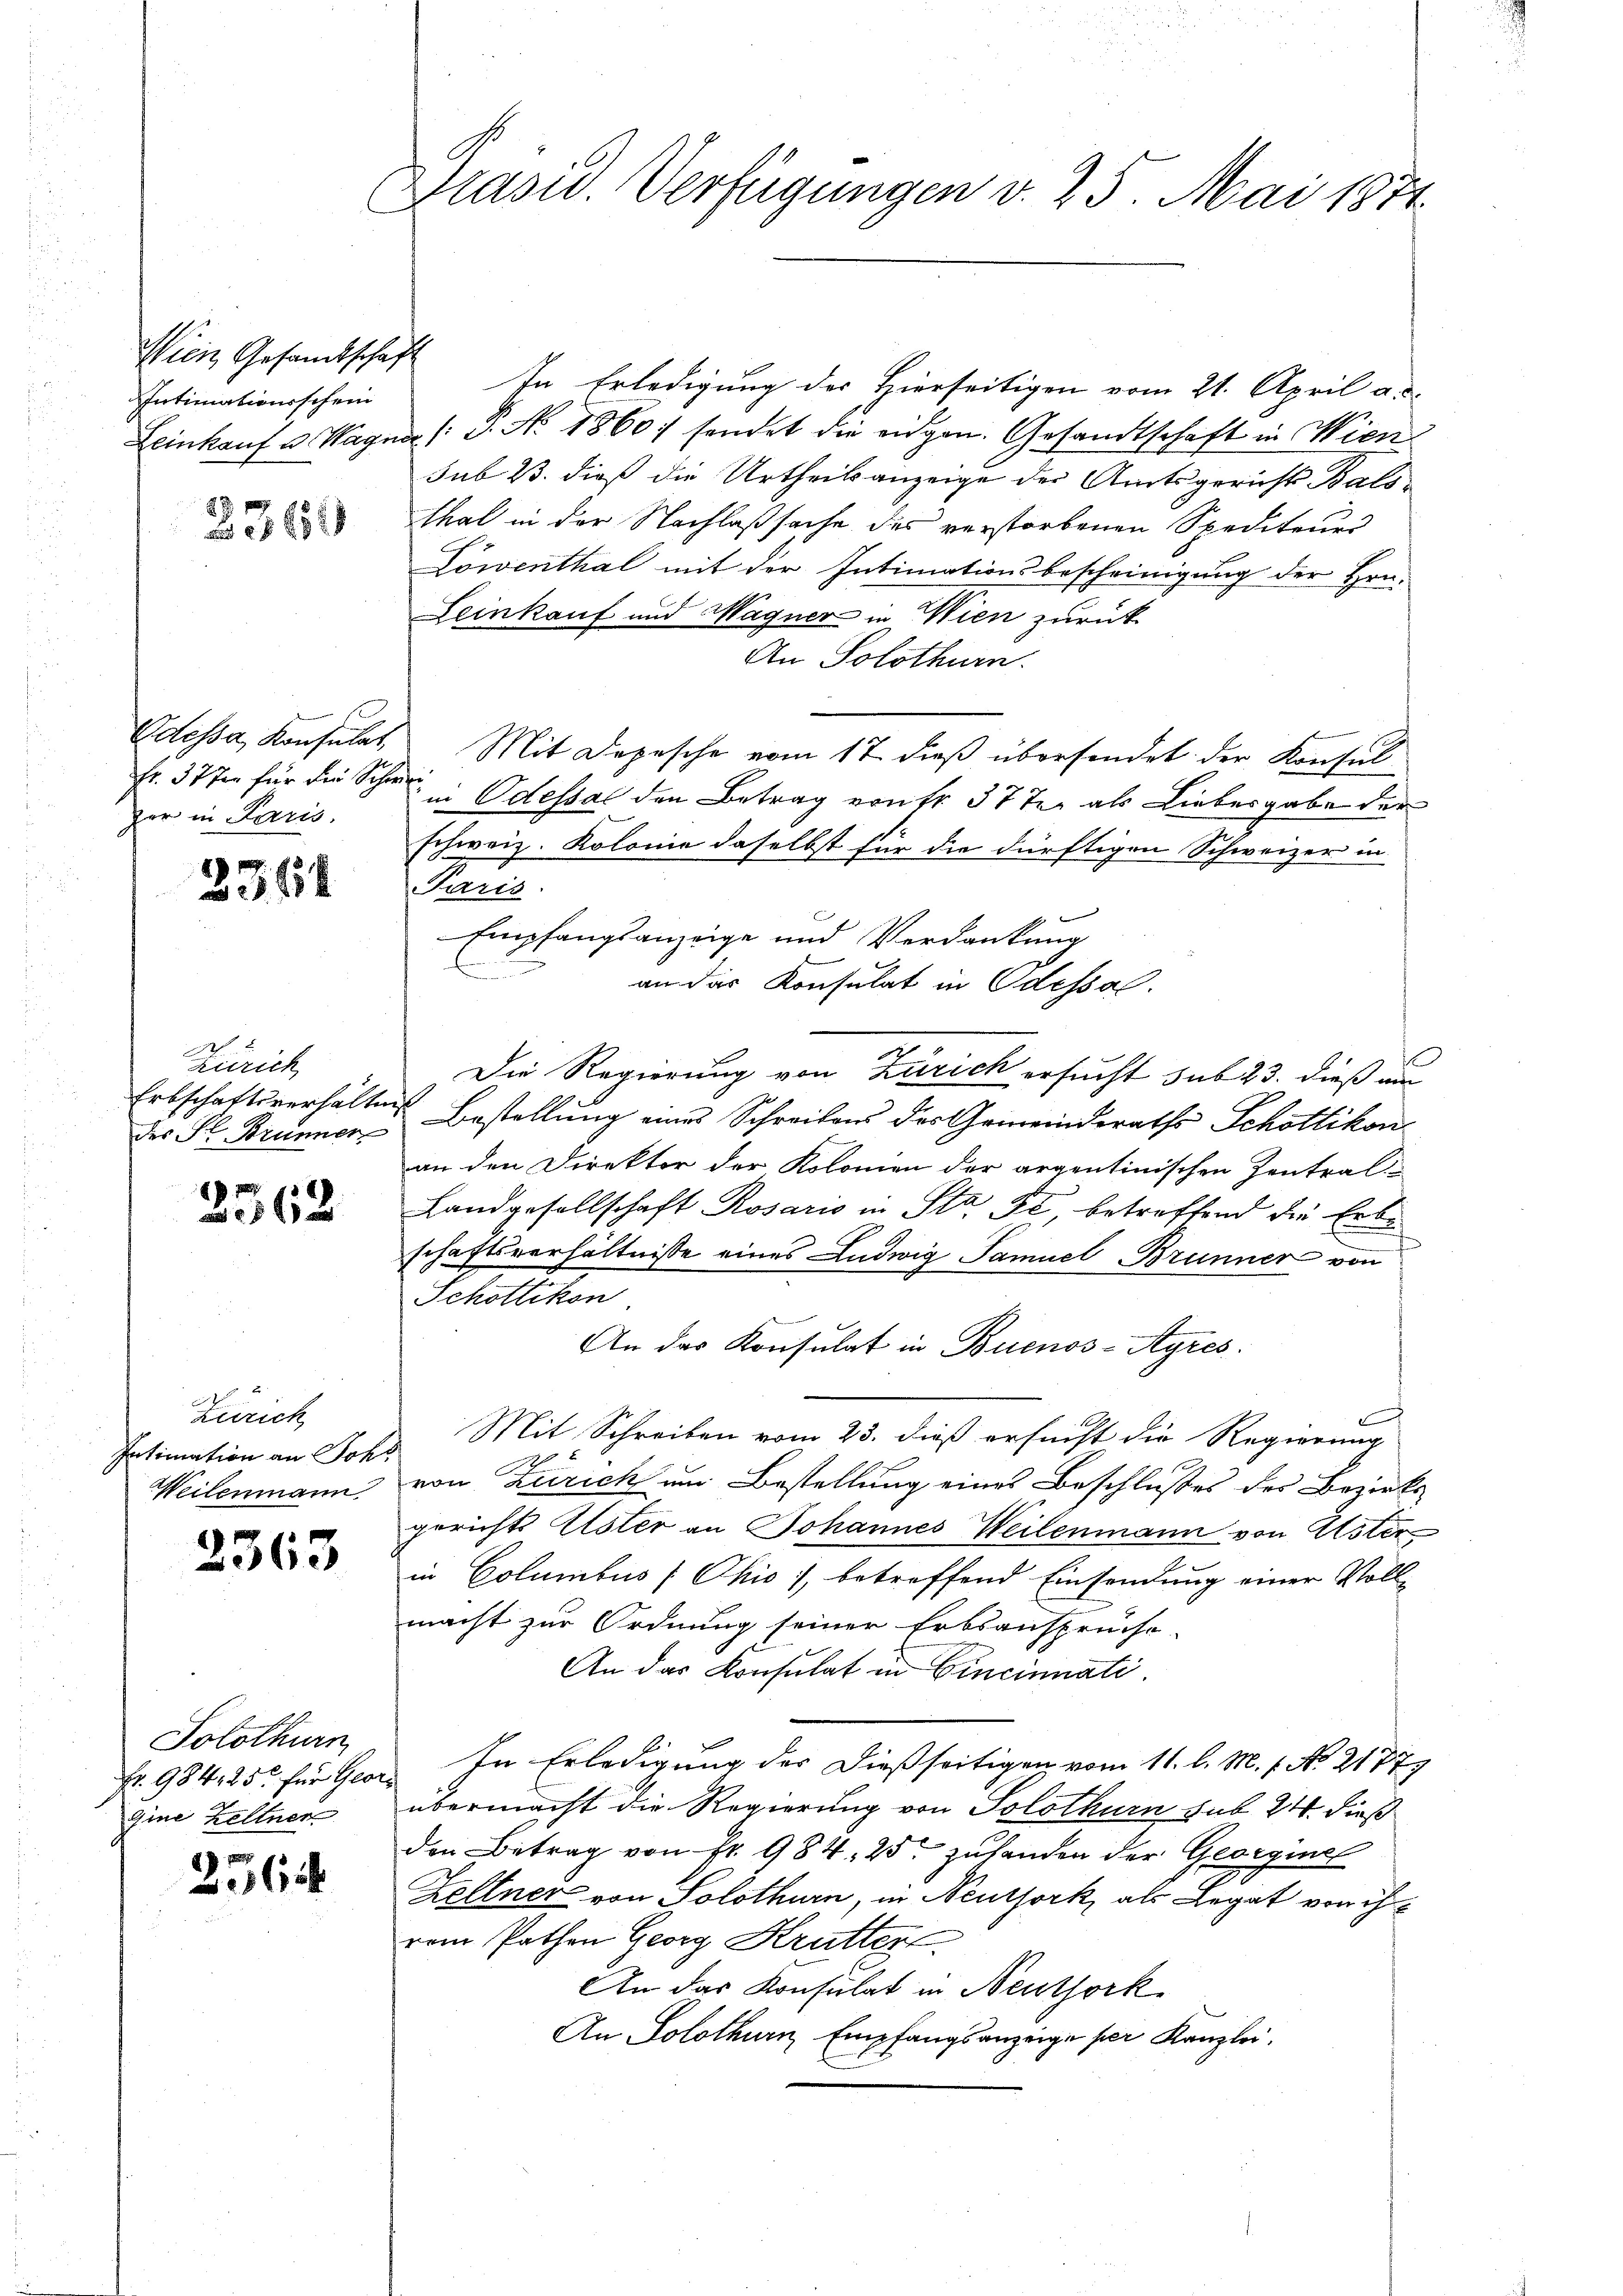
Wien Gesamtschaft
Intimationsschein

Fr. 37 J. für die Schwei
zer in Paris.

23454

Zürich
des St. Brunner

362

Zürich
Intimation an Schr
Weilenmann.

2363

Solothurn
gine Kellner

25614

Präsid. Verfügungen v. 25. Mai 1874.

In Erledigung des Hierseitigen vom 21. April a. d.
Leinkauf u. Magna (P. Nr. 1860 sendet die eidgen. Gesandtschaft in Wien.
sub 23. dieß die Urtheilsanzeige der Amtsgericht Bals-
Thal in der Nachlaßsache des verstorbenen Spediteurs
Löwenthal mit der Intimationsbescheinigung der Hrn.
Leinkauf und Wagner in Wien zurück
An Solothurn.
Odessa, Konsulas Mit Depesche vom 17. dieß übersendet der Konsul
in Odessal den Betrag von fr. 37 der als Liebesgabe der
schweiz. Kolonie daselbst für die dürftigen Schweizer in
Paris
Empfangsanzeige und Verdankung
an das Konsulat in Odessel.
Die Regierung von Zürich ersucht sub 23. dieß am
Erbschaftsverhältnis Bestellung eines Schreibens des Gemeinderaths Schottikonan den Direktor der Kolonien der argentinischen Zentral-
Landgesellschaft Rosaris in Sta Fe, betreffend die Erbe
schaftsverhältnisse eines Ludwig Samuel Brunner von
Schottikon
An das Konsulat in Buenos-Ayres
Mit Schreiben vom 23. dieß ersucht die Regierung
von Zürich um Bestellung eines Beschlußes der Bezirks-
gerichts Uster an Johannes Weilenmann von Aster
in Columbus (Chio), betreffend Einsendung einer Voll-
macht zur Ordnung seiner Erbsanspruchs-
An das Konsulat in Cincinnati
Fr. 984. 25. für Ger. In Erledigung der dießseitigen vom 11. l. M. 1. No. 2177
übermacht die Regierung von Solothurn sub 24. dieß
den Betrag von Fr. 984. 25 zuhanden der Georginel
Kellner von Solothurn, in Neuthork, als Legat von ih
rem Pathen Georg Kruttert.
An das Konsulat in Neuthork
An Solothurn, Empfangsanzeige per Kanzlei.